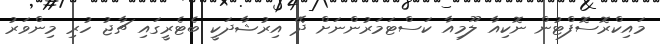
މައިކްރޮސޮފްޓުން ނޮކިއާ ލޫމިއާ ކަސްޓަމަރުންނަށް ދޭ އިރުޝާދަކީ ބެޓެރީގައި ޗާޖު ހުރި މިންވަރު